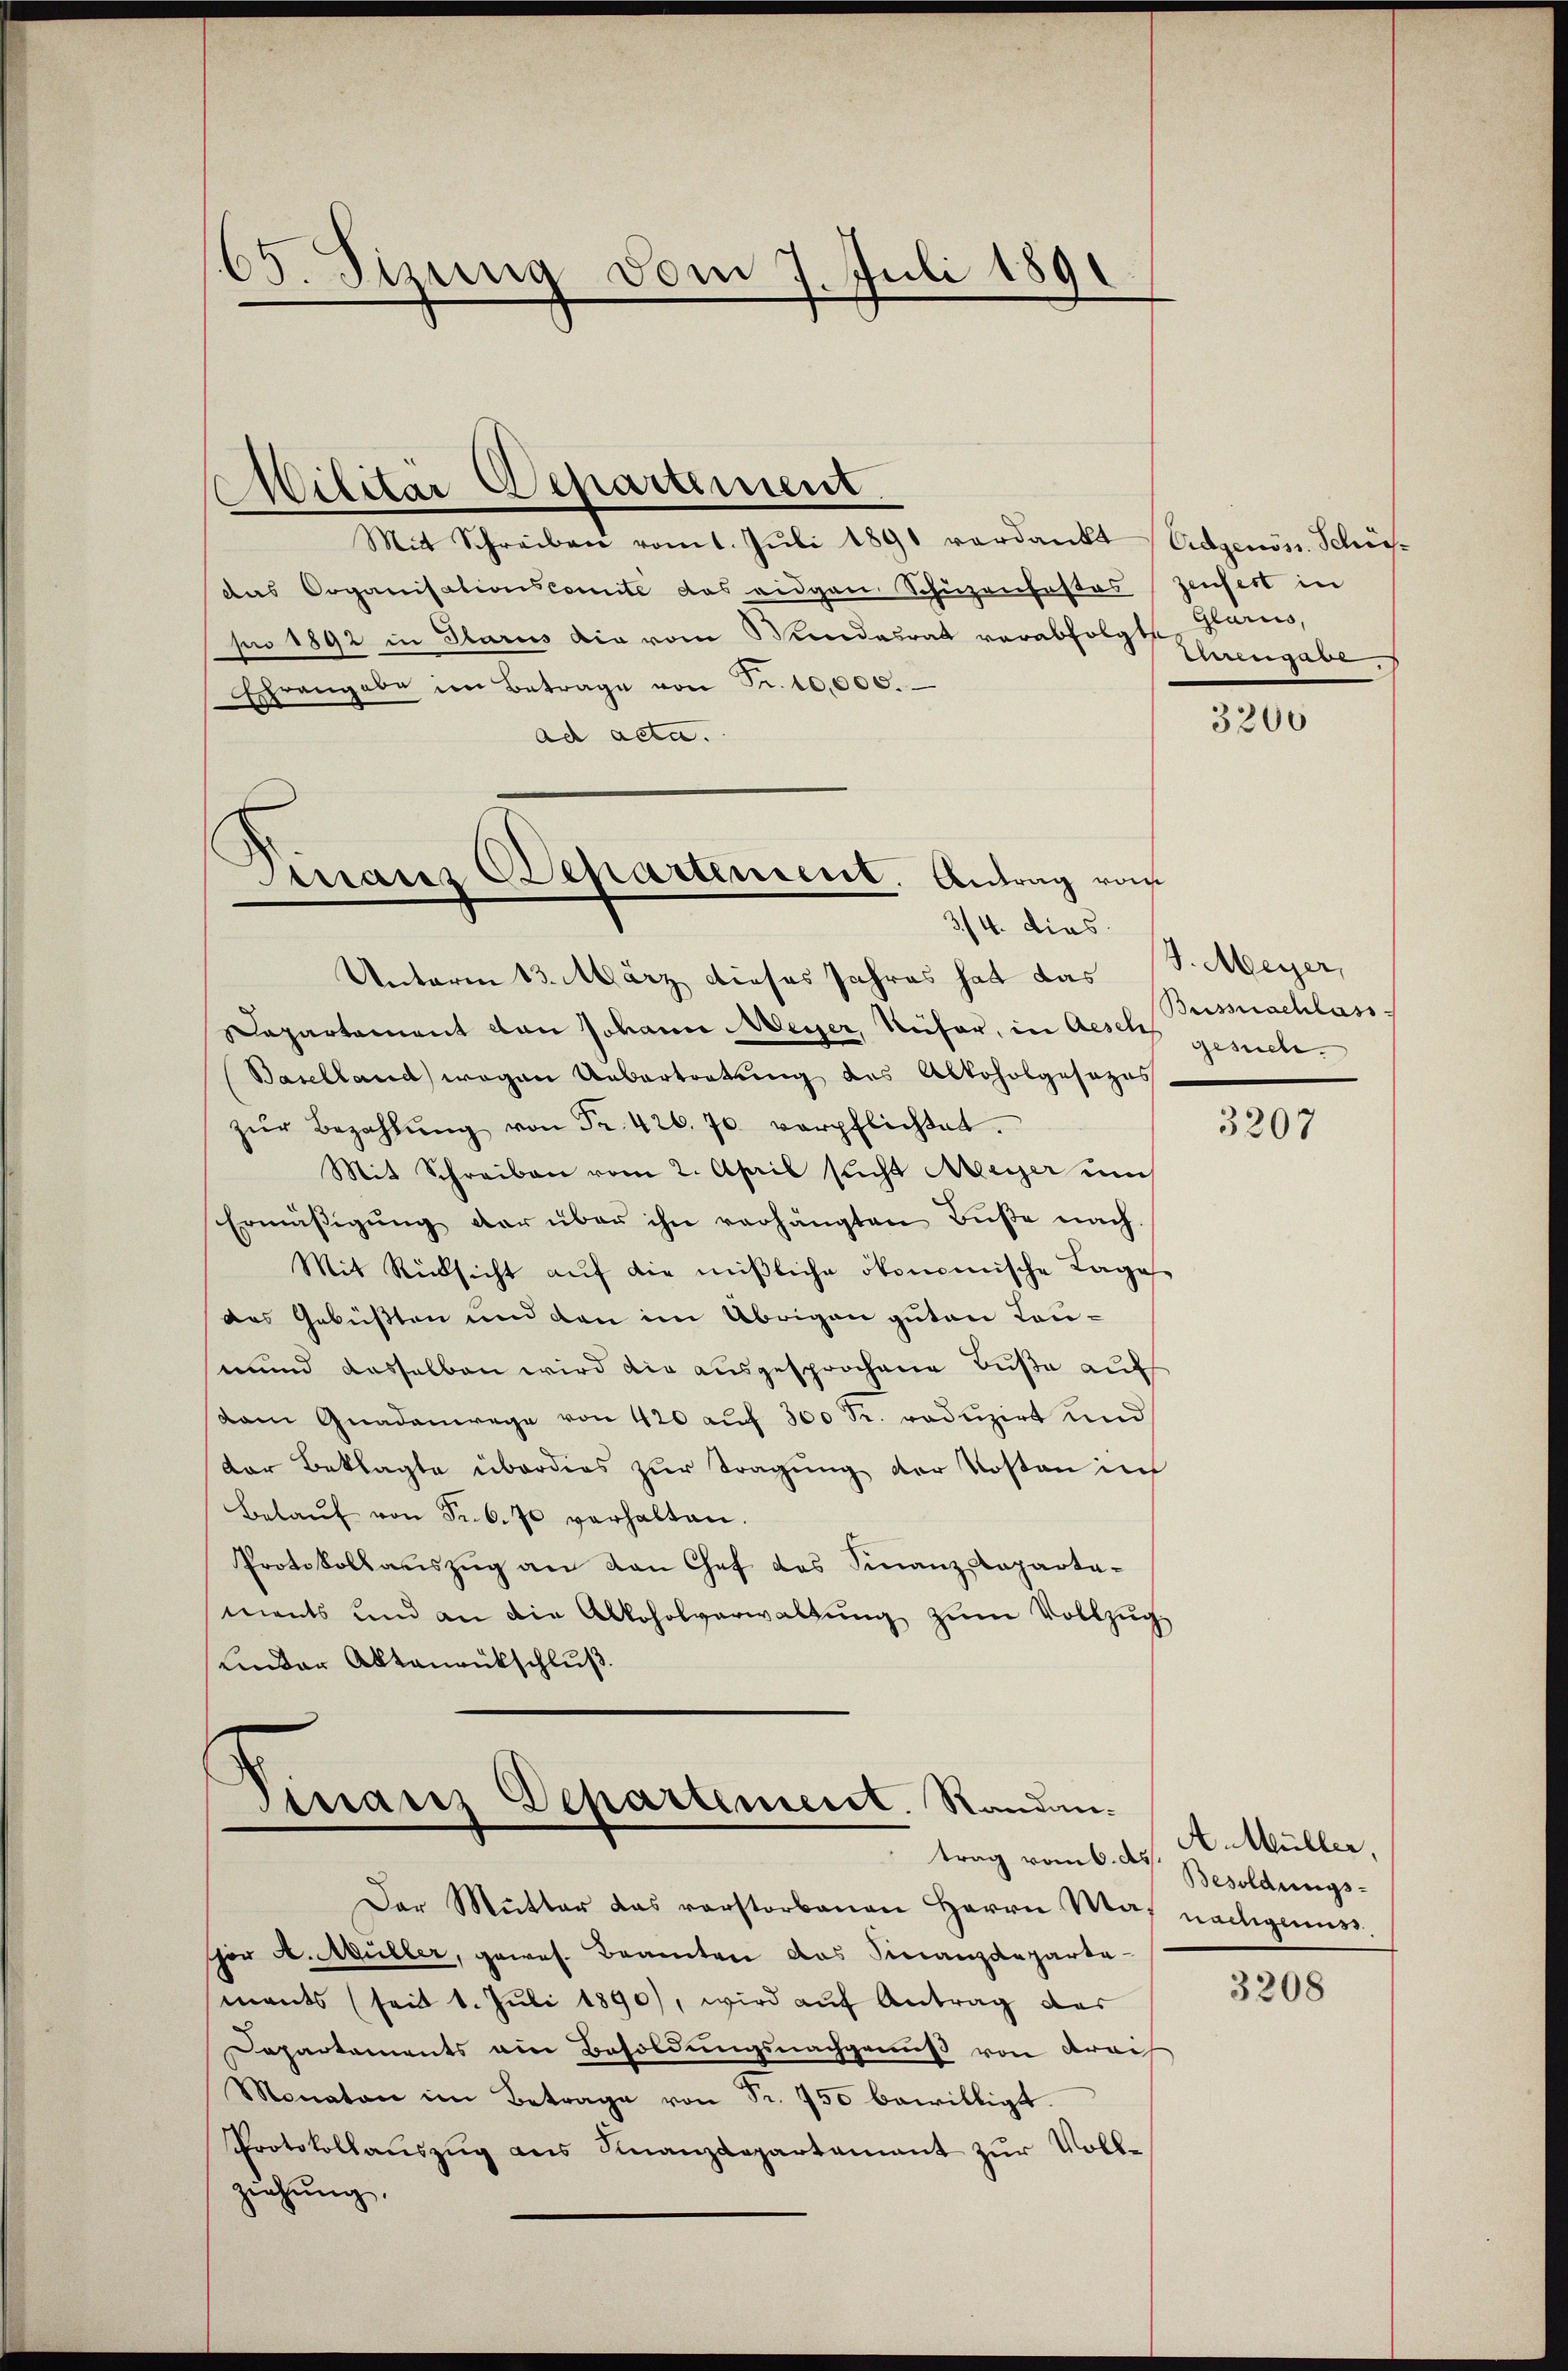
65. Sizung vom 7. Juli 1891
d

Militär Departement
Mit Schreiben vomt. Juli 1891 verdankt
das Organisationskomite das eidgen Schüzenfastas
pro 1892 in Glarus die vom Bundesrat verabfolgte, Glarus,
Echrangabe im Betrage von Fr. 10,000.
ad acta.
Unterm 13. März dieses Jahres hat das
Dapartament von Johann Meyer, Küfer, in Aesch gesuche¬
Baselland) wegen Uebertortung des Alkoholgesezes
zŭr Bezahlŭng von Fr. 426. 70. verpflichtet.
Mit Schreiben vom 2. April sicht Meyer um
Ermässigung der über ihn verhängten Buße nach¬
Mit Rücksicht aŭf die mißliche ökonomische Lage
des Gebüßten und den im Übrigen guten Laumund dasselben wird die ausgesprochene Buße auf
dam Gnadenwege von 420 auf 300 Fr. reduzirt und
der Beklagte überdies zur Tragung der Kosten in
Belaŭf von Sr. 6. 70 verhalten.
Protokollauszug an den Chef des Finanz-Repartaments und an die Alkoholverwaltŭng zŭm Vollzŭg
Linder Aktenrückschluß.

Manz Departement. Antrag vom
3/4. dies

Finanz Departement. Randantrag vom 6. ds.

Der Mutter das vorstorbenen Herrn Mal nachigens
hor A. Müller, gewes. Beamten das Finanzdeparta-
ments (seit 1. Juli 1890), wird auf Antrag des
Departements am Besoldungsnachgenuß von Krai
Monaten im Betrage von Fr. 750 bewilligt.
Protokollaŭszŭg ans Finanzdepartement zŭr Voll-
ziehung,

Eidgenöss. Schifzeufert in
Uengabe,

3200

J. Meyer,
Bussnachlass

3207

3208

A. Müller,
Besoldungs-